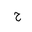
Letter: _ha